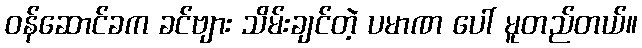
ဝန်ဆောင်ခက ခင်ဗျား သိမ်းချင်တဲ့ ပမာဏ ပေါ် မူတည်တယ်။